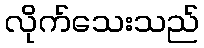
လိုက်သေးသည်